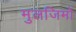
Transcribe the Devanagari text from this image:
मुलजिमों